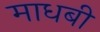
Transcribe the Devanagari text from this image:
माधबी